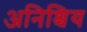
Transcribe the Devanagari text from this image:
अनिश्चिय